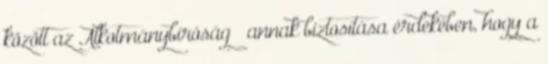
között az Alkotmánybíróság – annak biztosítása érdekében, hogy a